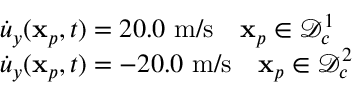
\begin{array} { r l } & { \dot { u } _ { y } ( \mathbf { x } _ { p } , t ) = 2 0 . 0 \mathrm { ~ m } / \mathrm { s } \quad \mathbf { x } _ { p } \in \mathcal { D } _ { c } ^ { 1 } } \\ & { \dot { u } _ { y } ( \mathbf { x } _ { p } , t ) = - 2 0 . 0 \mathrm { ~ m } / \mathrm { s } \quad \mathbf { x } _ { p } \in \mathcal { D } _ { c } ^ { 2 } } \end{array}